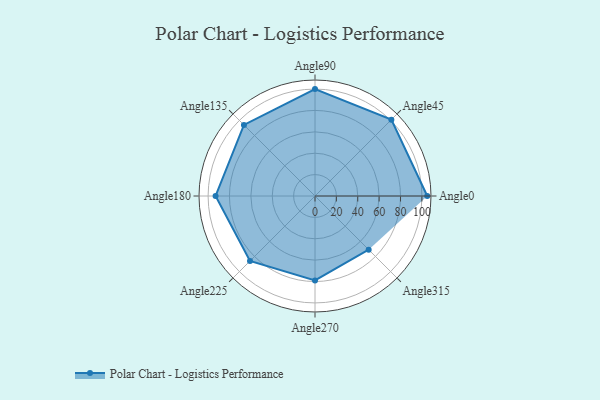
{"axis": {"x": "Angle", "y": "Radius"}, "legend": [""], "data": [{"x": "Angle0", "y": 105.0, "type": ""}, {"x": "Angle45", "y": 101.0, "type": ""}, {"x": "Angle90", "y": 100.0, "type": ""}, {"x": "Angle135", "y": 94.0, "type": ""}, {"x": "Angle180", "y": 93.0, "type": ""}, {"x": "Angle225", "y": 86.0, "type": ""}, {"x": "Angle270", "y": 79.0, "type": ""}, {"x": "Angle315", "y": 71.0, "type": ""}]}